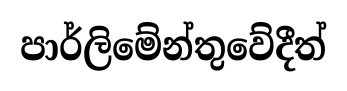
පාර්ලිමේන්තුවේදීත්